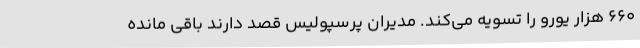
660 هزار یورو را تسویه می‌کند. مدیران پرسپولیس قصد دارند باقی مانده